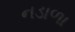
નડાળા